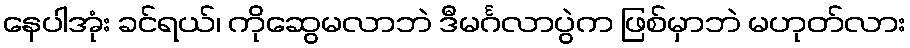
နေပါအုံး ခင်ရယ်၊ ကိုဆွေမလာဘဲ ဒီမင်္ဂလာပွဲက ဖြစ်မှာဘဲ မဟုတ်လား